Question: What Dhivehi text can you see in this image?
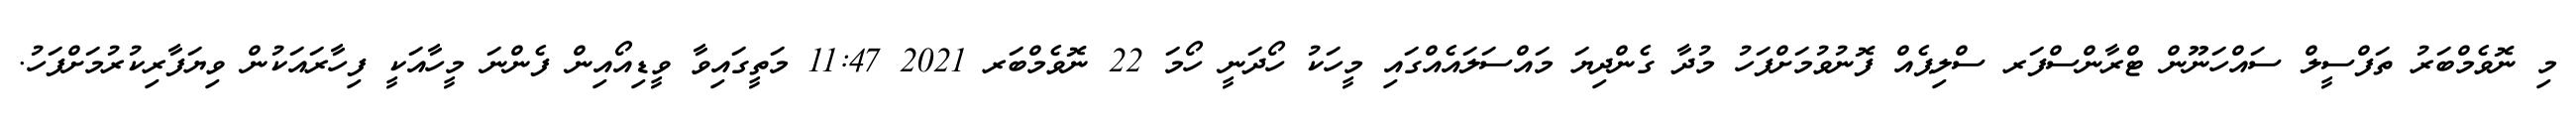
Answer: މި ނޮވެމްބަރު ތަފްސީލް ސައްހަނޫން ޓްރާންސްފަރ ސްލިޕެއް ފޮނުވުމަށްފަހު މުދާ ގެންދިޔަ މައްސަލައެއްގައި މީހަކު ހޯދަނީ ހޯމަ 22 ނޮވެމްބަރ 2021 11:47 މަތީގައިވާ ވީޑިއޯއިން ފެންނަ މީހާއަކީ ފިހާރައަކުން ވިޔަފާރިކުރުމަށްފަހު.